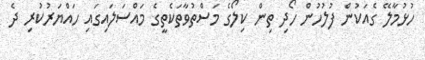
ހުޅުމާލޭ ގެއަކުން ފުލުހުން ހޯދި ތިން ކިލޯގެ މަސްތުވާތަކެތީގެ މައްސަލައިގައި ހައްޔަރުކުރި ދެ